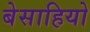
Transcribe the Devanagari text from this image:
बेसाहियो